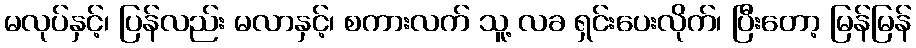
မလုပ်နှင့်၊ ပြန်လည်း မလာနှင့်၊ စကားလက် သူ့ လခ ရှင်းပေးလိုက်၊ ပြီးတော့ မြန်မြန်